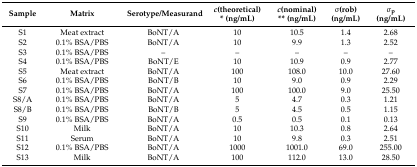
| Sample | Matrix | Serotype/Measurand | c(theoretical) * (ng/mL) | c(nominal) ** (ng/mL) | σ(rob) (ng/mL) | σp (ng/mL) |
 | --- | --- | --- | --- | --- | --- | --- |
 | S1 | Meat extract | BoNT/A | 10 | 10.5 | 1.4 | 2.68 |
 | S2 | 0.1% BSA/PBS | BoNT/A | 10 | 9.9 | 1.3 | 2.52 |
 | S3 | 0.1% BSA/PBS | – | – | – | – | – |
 | S4 | 0.1% BSA/PBS | BoNT/E | 10 | 10.9 | 0.9 | 2.77 |
 | S5 | Meat extract | BoNT/A | 100 | 108.0 | 10.0 | 27.60 |
 | S6 | 0.1% BSA/PBS | BoNT/B | 10 | 9.0 | 0.9 | 2.29 |
 | S7 | 0.1% BSA/PBS | BoNT/A | 100 | 100.0 | 9.0 | 25.50 |
 | S8/A | 0.1% BSA/PBS | BoNT/A | 5 | 4.7 | 0.3 | 1.21 |
 | S8/B | 0.1% BSA/PBS | BoNT/B | 5 | 4.5 | 0.5 | 1.15 |
 | S9 | 0.1% BSA/PBS | BoNT/A | 0.5 | 0.5 | 0.1 | 0.13 |
 | S10 | Milk | BoNT/A | 10 | 10.3 | 0.8 | 2.64 |
 | S11 | Serum | BoNT/A | 10 | 9.8 | 0.3 | 2.51 |
 | S12 | 0.1% BSA/PBS | BoNT/A | 1000 | 1001.0 | 69.0 | 255.00 |
 | S13 | Milk | BoNT/A | 100 | 112.0 | 13.0 | 28.50 |